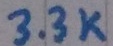
Text: 3.3K